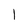
Character: 1